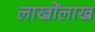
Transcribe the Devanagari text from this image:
लाखोंलाख